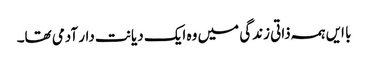
با ایں ہمہ ذاتی زندگی میں وہ ایک دیانت دار آدمی تھا۔